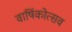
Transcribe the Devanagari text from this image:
वार्षिकोत्‍सव